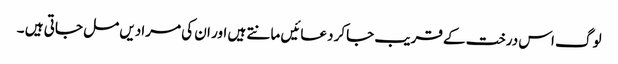
لوگ اس درخت کے قریب جاکر دعائیں مانتے ہیں اور ان کی مرادیں مل جاتی ہیں ۔